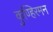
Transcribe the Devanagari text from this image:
कुण्हिरमन